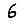
Digit: 6